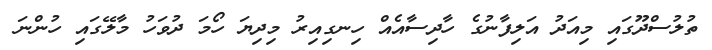
ތުލުސްދޫގައި މިއަދު އަލިފާނުގެ ހާދިސާއެއް ހިނގިއިރު މިދިޔަ ހޯމަ ދުވަހު މާލޭގައި ހުންނަ